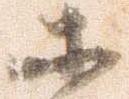
等